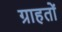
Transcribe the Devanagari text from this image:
ग्राहतों